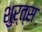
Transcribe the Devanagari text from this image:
शुर्त्स